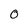
Character: O